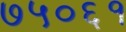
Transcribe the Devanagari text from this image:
७५०६१